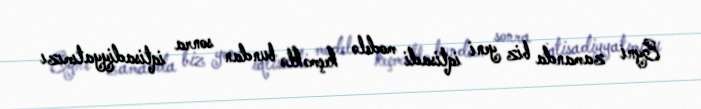
Eyni zamanda biz yeni iqtisadi modelə keçməklə bundan sonra iqtisadiyyatımızı